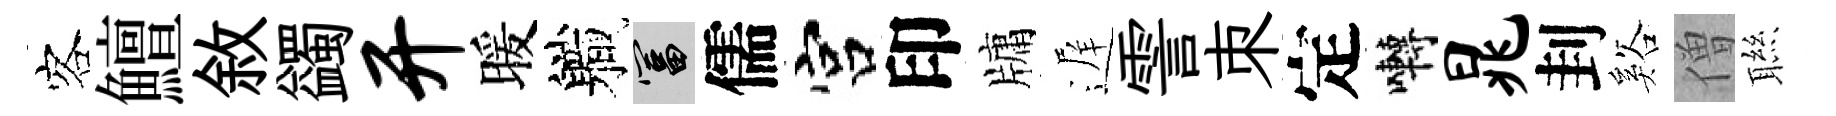
客鱣敘蠲开暖軄富儒宫印牗遅霅朿定囀晁刲谿僧聮